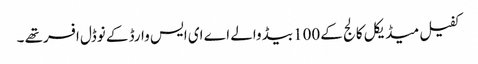
کفیل میڈیکل کالج کے 100بیڈ والے اے ای ایس وارڈ کے نوڈل افسرتھے ۔